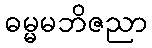
ဓမ္မမဘိဇညာ